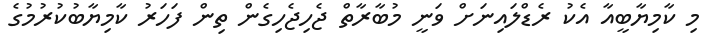
މި ކާމިޔާބީއާ އެކު ރެޑްލައިނަށް ވަނީ މުބާރާތް ޖެހިޖެހިގެން ތިން ފަހަރު ކާމިޔާބުކުރުމުގެ